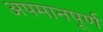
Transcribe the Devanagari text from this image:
अपमानपूर्ण